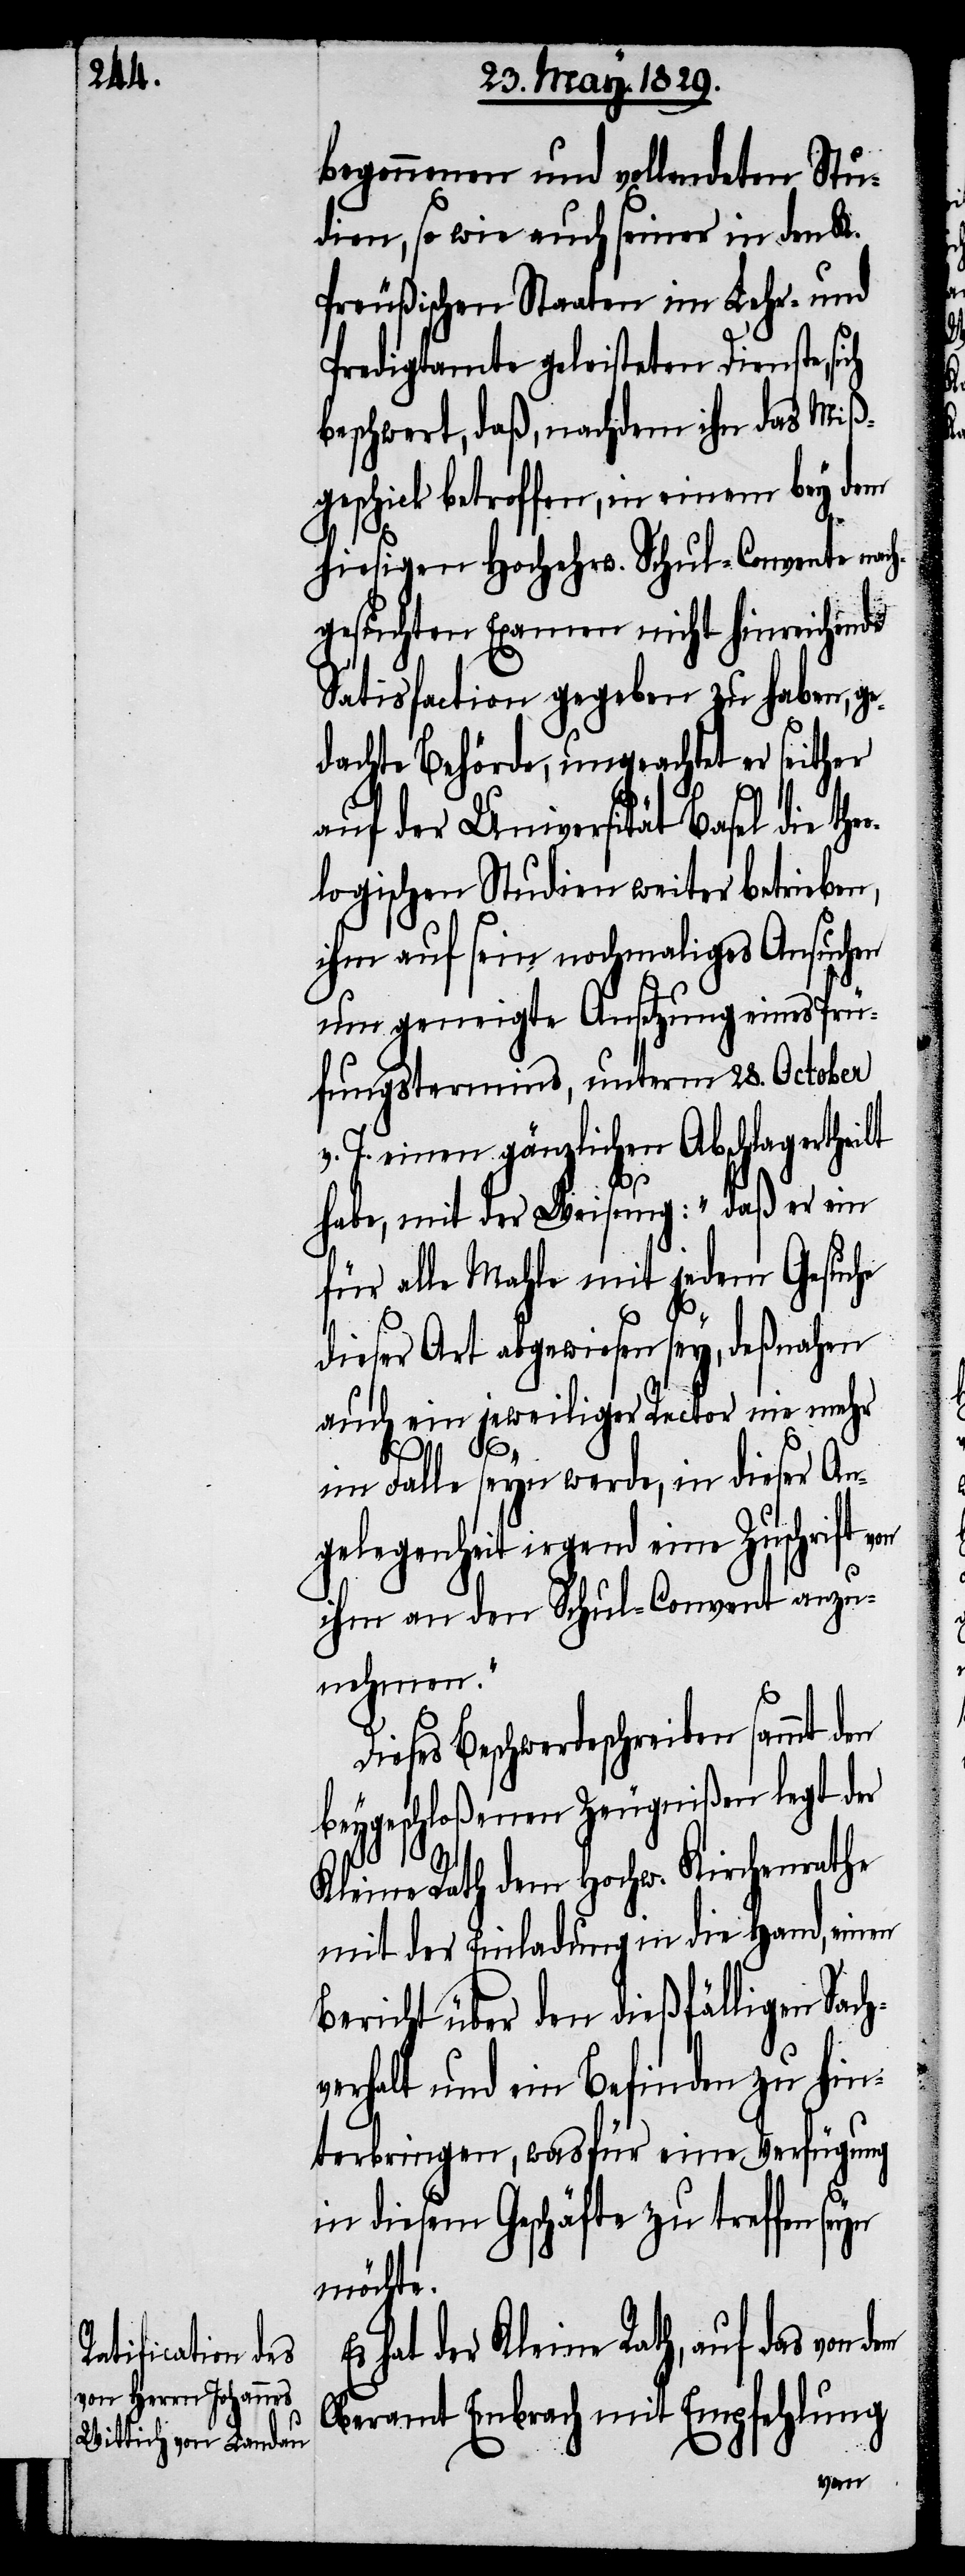
begonnenen und vollendeten Stu¬
dien, so wie auch seiner in den K.
Preußischen Staaten im Lehr- und
Predigtamte geleisteten Dienste,
beschwert, daß, nachdem ihn das Miß¬
geschick betroffen, in einem bey dem
hiesigen Hochehrw. Schul-Convente nac¬
hgesuchten Examen nicht hinreichende
Satisfaction gegeben zu haben, g¬
edachte Behörde, ungeachtet er seither
auf der Universität Basel die the¬
ologischen Studien weiter betrieben,
ihm auf sein nochmahliges Ansuchen
um geneigte Ansetzung eines Prü¬
fungstermins, unterm 28. October
v. J. einen gänzlichen Abschlag ertheilt
habe, mit der Weisung: „daß er ein
für alle Mahle mit jedem Gesuche
dieser Art abgewiesen sey, deßnahen
auch ein jeweiliger Rector nie mehr
im Falle seyn werde, in dieser An¬
gelegenheit irgend eine Zuschrift
ihm an den Schul-Convent anzu¬
nehmen.“
h¬
Dieses Beschwerdeschreiben sammt den
beygeschloßenen Zeugnißen legt der
Kleine Rath dem Hochw. Kirchenrathe
mit der Einladung in die Hand, einen
Bericht über den dießfälligen Sac¬
verhalt und ein Befinden zu hin¬
terbringen, wasfür eine Verfügung
in diesem Geschäfte zu treffen seyn
möchte.
hat der Kleine Rath, auf das
Oberamt Embrach mit Empfehlung
von